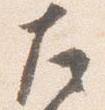
左